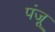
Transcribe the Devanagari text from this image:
पंजू